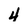
Character: 4